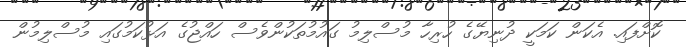
ކޮށްފައި. އެކަން ކަމަކީ ދުނިޔޭގެ ހުރިހާ މުސްލިމު ގައުމުތަކުންވެސް ހައްޖުގެ އަޅުކަމުގައި މުސްލިމުން